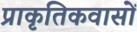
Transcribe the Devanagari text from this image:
प्राकृतिकवासों